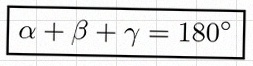
\alpha+\beta+\gamma=180^\circ